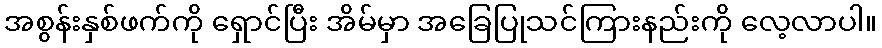
အစွန်းနှစ်ဖက်ကို ရှောင်ပြီး အိမ်မှာ အခြေပြုသင်ကြားနည်းကို လေ့လာပါ။